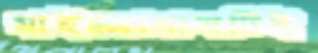
মাইক্রোবাসটিই